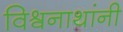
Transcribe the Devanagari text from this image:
विश्र्वनाथांनी